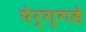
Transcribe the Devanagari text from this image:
पेर्ग्गडे